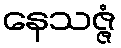
နေသဇ္ဇံ